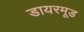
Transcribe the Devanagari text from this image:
डायरमूड